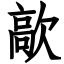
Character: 歊